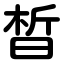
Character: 晳